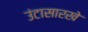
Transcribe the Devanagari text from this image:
उंटासारखे